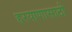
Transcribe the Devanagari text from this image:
हरयाणासाठी